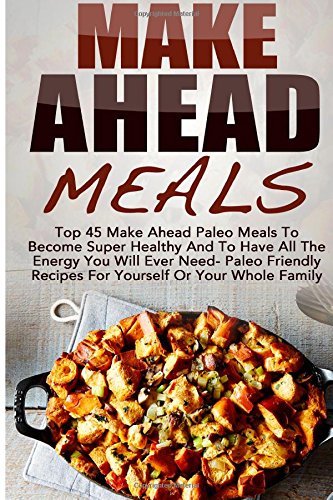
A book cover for Make Ahead Meals: Top 45 Make Ahead Paleo Meals To Become Super Healthy And Have All The Energy You Will Ever Need-Paleo Friendly Recipes For Yourself ... Low Carb, Make Ahead Paleo, Freezer Meals); Amelia Sanders; Cookbooks, Food & Wine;